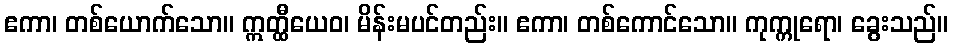
ဧကာ၊ တစ်ယောက်သော။ ဣတ္ထီယေဝ၊ မိန်းမပင်တည်း။ ဧကာ၊ တစ်ကောင်သော။ ကုက္ကုရော၊ ခွေးသည်။